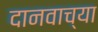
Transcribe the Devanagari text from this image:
दानवाच्या